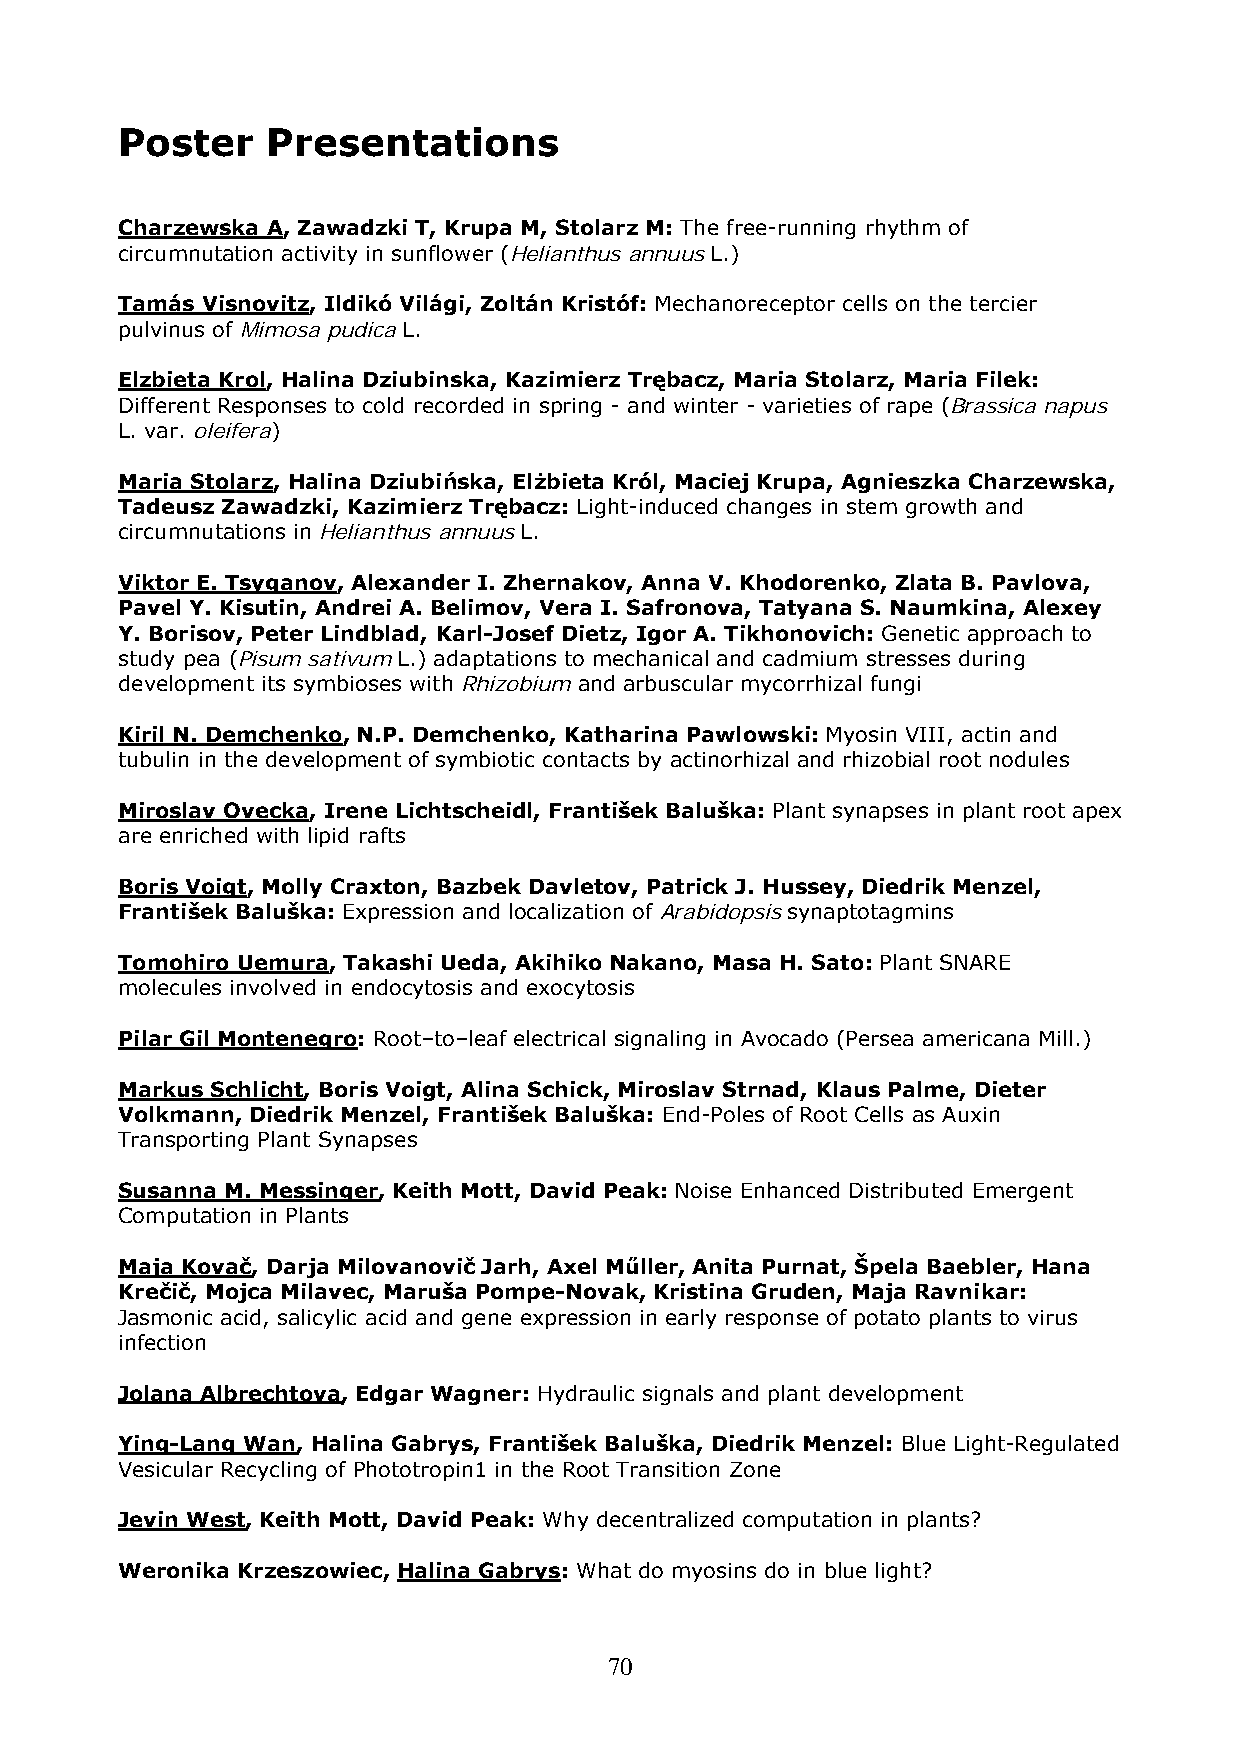
Poster    Presentations
 Charzewska A, Zawadzki T, Krupa M, Stolarz M: The free-running rhythm of
 circumnutation activity in sunflower (Helianthus annuus L.)
 Tamás Visnovitz, Ildikó Világi, Zoltán Kristóf: Mechanoreceptor cells on the tercier
 pulvinus of Mimosa pudica L.
 Elzbieta Krol, Halina Dziubinska, Kazimierz Trębacz, Maria Stolarz, Maria Filek:
 Different Responses to cold recorded in spring - and winter - varieties of rape (Brassica napus
 L. var. oleifera)
 Maria Stolarz, Halina Dziubińska, Elżbieta Król, Maciej Krupa, Agnieszka Charzewska,
 Tadeusz Zawadzki, Kazimierz Trębacz: Light-induced changes in stem growth and
 circumnutations in Helianthus annuus L.
 Viktor E. Tsyganov, Alexander I. Zhernakov, Anna V. Khodorenko, Zlata B. Pavlova,
 Pavel Y. Kisutin, Andrei A. Belimov, Vera I. Safronova, Tatyana S. Naumkina, Alexey
 Y. Borisov, Peter Lindblad, Karl-Josef Dietz, Igor A. Tikhonovich: Genetic approach to
 study pea (Pisum sativum L.) adaptations to mechanical and cadmium stresses during
 development its symbioses with Rhizobium and arbuscular mycorrhizal fungi
 Kiril N. Demchenko, N.P. Demchenko, Katharina Pawlowski: Myosin VIII, actin and
 tubulin in the development of symbiotic contacts by actinorhizal and rhizobial root nodules
 Miroslav Ovecka, Irene Lichtscheidl, František Baluška: Plant synapses in plant root apex
 are enriched with lipid rafts
 Boris Voigt, Molly Craxton, Bazbek Davletov, Patrick J. Hussey, Diedrik Menzel,
 František Baluška: Expression and localization of Arabidopsis synaptotagmins
 Tomohiro Uemura, Takashi Ueda, Akihiko Nakano, Masa H. Sato: Plant SNARE
 molecules involved in endocytosis and exocytosis
 Pilar Gil Montenegro: Root–to–leaf electrical signaling in Avocado (Persea americana Mill.)
 Markus Schlicht, Boris Voigt, Alina Schick, Miroslav Strnad, Klaus Palme, Dieter
 Volkmann, Diedrik Menzel, František Baluška: End-Poles of Root Cells as Auxin
 Transporting Plant Synapses
 Susanna M. Messinger, Keith Mott, David Peak: Noise Enhanced Distributed Emergent
 Computation in Plants
 Maja Kovač, Darja Milovanovič Jarh, Axel Műller, Anita Purnat, Špela Baebler, Hana
 Krečič, Mojca Milavec, Maruša Pompe-Novak, Kristina Gruden, Maja Ravnikar:
 Jasmonic acid, salicylic acid and gene expression in early response of potato plants to virus
 infection
 Jolana Albrechtova, Edgar Wagner: Hydraulic signals and plant development
 Ying-Lang Wan, Halina Gabrys, František Baluška, Diedrik Menzel: Blue Light-Regulated
 Vesicular Recycling of Phototropin1 in the Root Transition Zone
 Jevin West, Keith Mott, David Peak: Why decentralized computation in plants?
 Weronika Krzeszowiec, Halina Gabrys: What do myosins do in blue light?
 70